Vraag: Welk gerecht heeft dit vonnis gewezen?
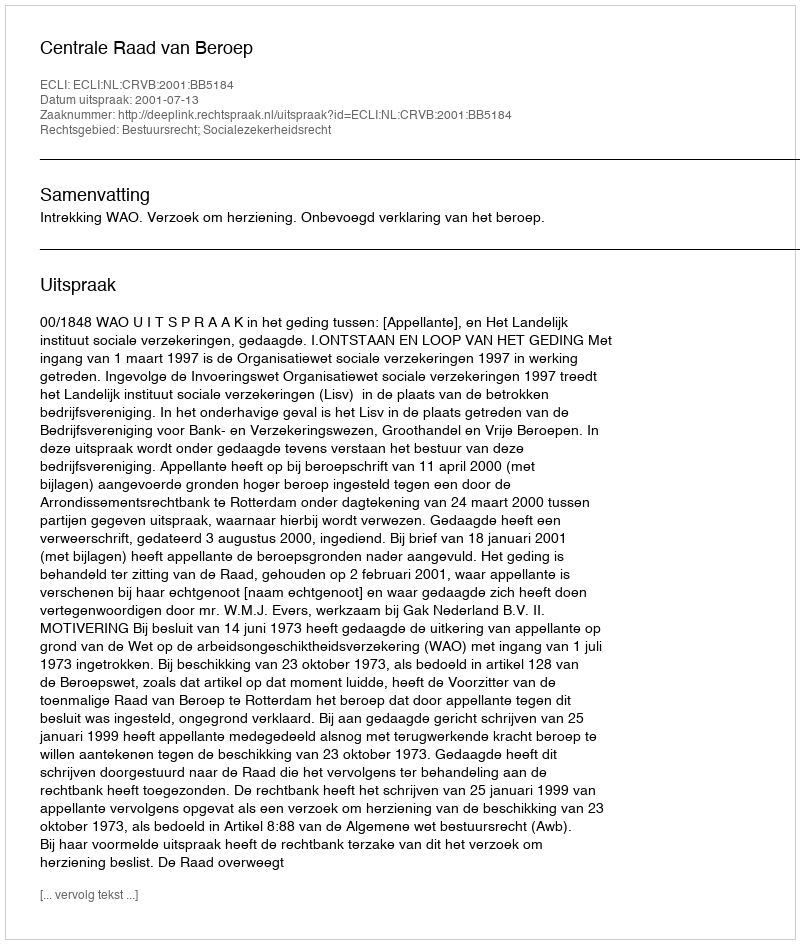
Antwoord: Centrale Raad van Beroep